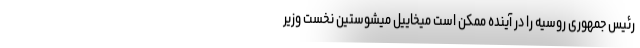
رئیس جمهوری روسیه را در آینده ممکن است میخاییل میشوستین نخست وزیر